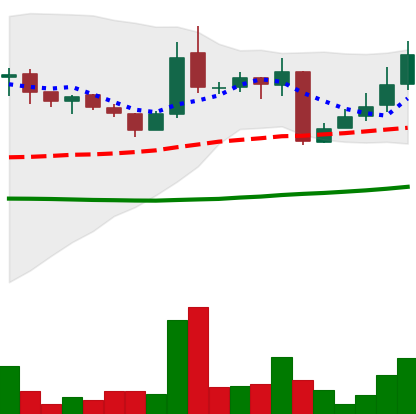
Ticker: LINK-USD
Chart end date: 2018-10-16
Forward return: 3.608%
Label: up_3_5